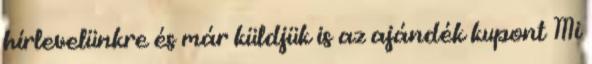
hírlevelünkre és már küldjük is az ajándék kupont Mi